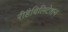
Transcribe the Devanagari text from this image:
रीहैबिलिटेशन